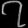
Digit: ၇